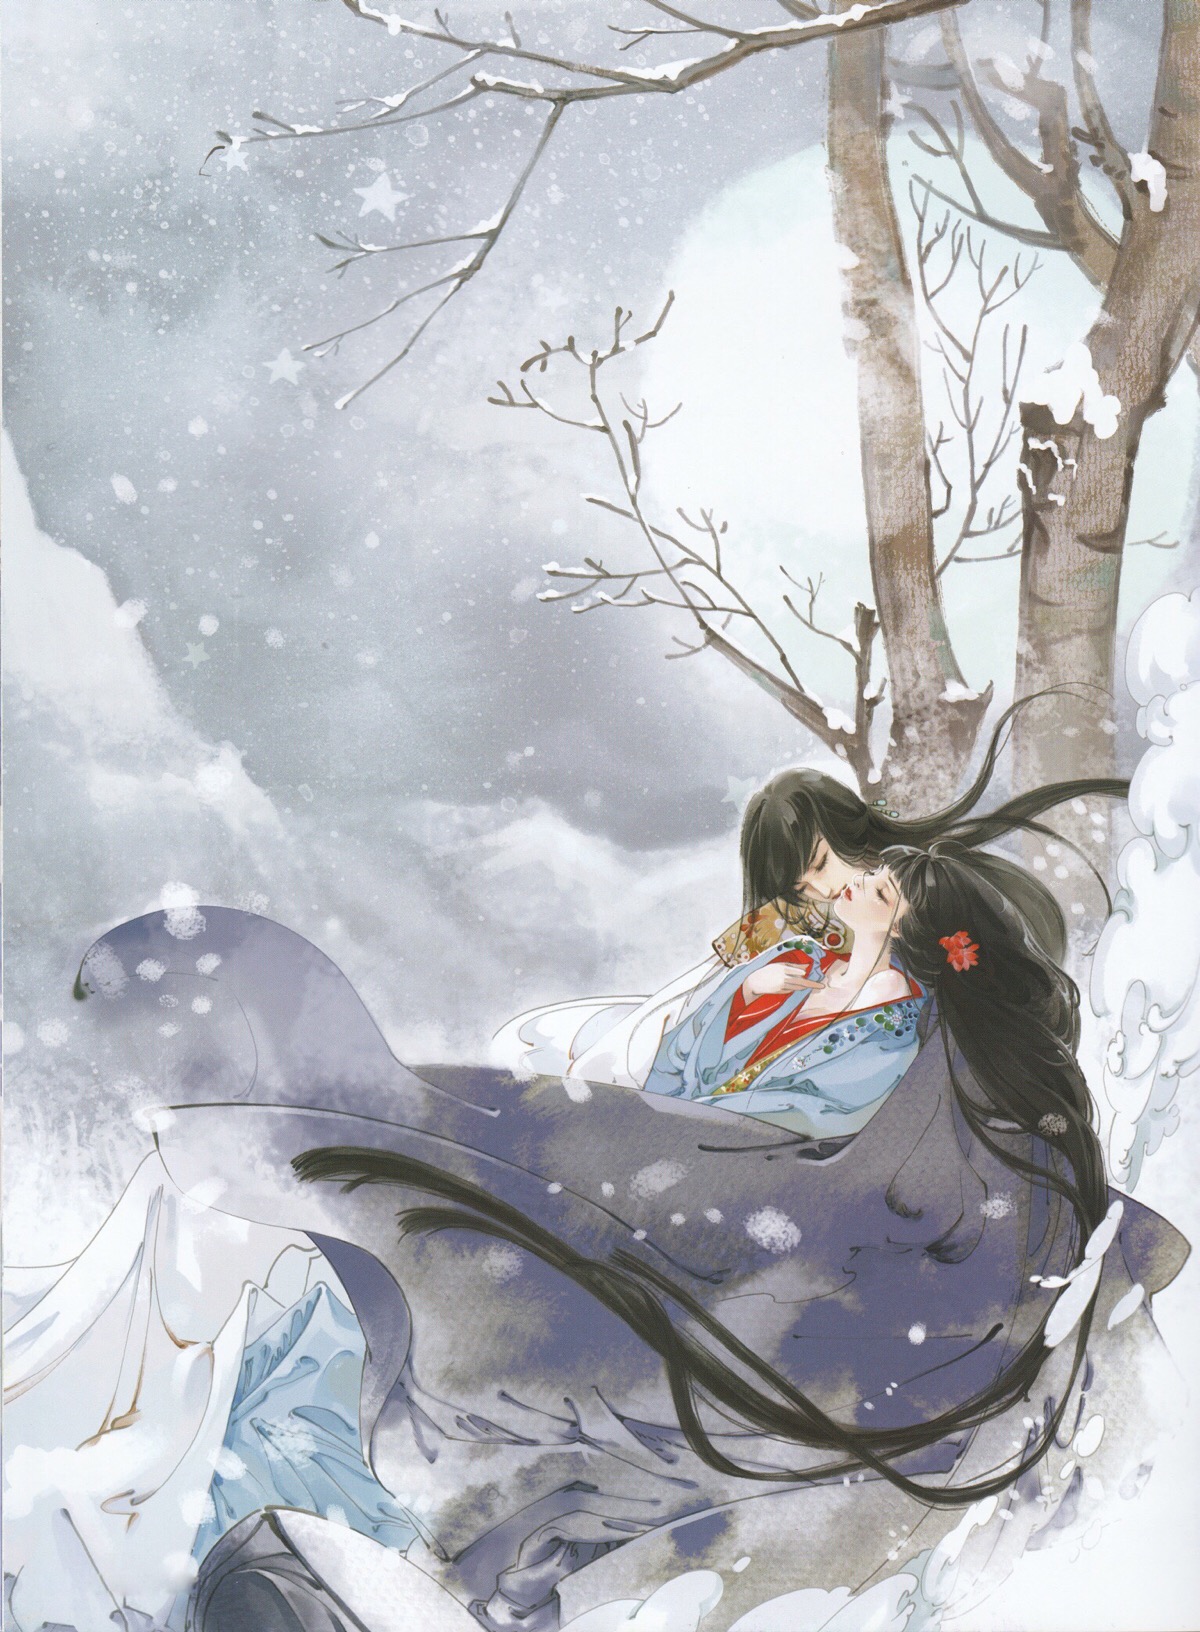
芳草年年惹恨幽。想前事悠悠。